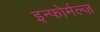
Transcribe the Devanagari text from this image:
इन्फोर्मल्ज़